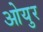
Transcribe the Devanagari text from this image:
ओयुर